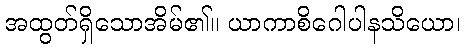
အထွတ်ရှိသောအိမ်၏။ ယာကာစိဂေါပါနသိယော၊